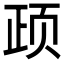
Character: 𲊺